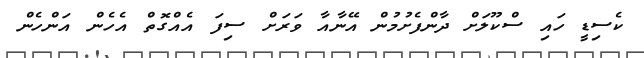
ކެސިޑީ ހައި ސްކޫލަށް ދާންފެށުމުން އޭނާއާ ވަރަށް ސިފަ އެއްގޮތް އެހެން އަންހެން